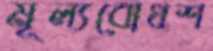
মূল্যবোধশ